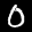
Label: 0